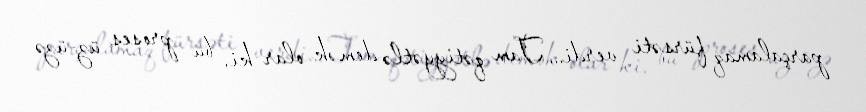
parçalamaq fürsəti verdi... Tam qətiyyətlə demək olar ki, bu proses üz-üzə